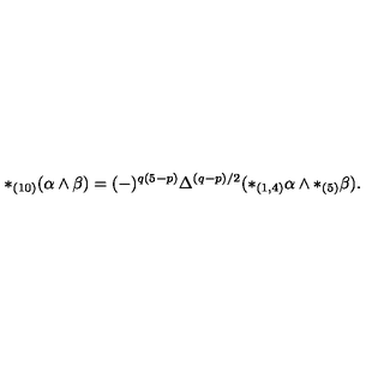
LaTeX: * _ { ( 1 0 ) } ( \alpha \wedge \beta ) = ( - ) ^ { q ( 5 - p ) } \Delta ^ { ( q - p ) / 2 } ( * _ { ( 1 , 4 ) } \alpha \wedge * _ { ( 5 ) } \beta ) .